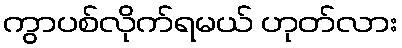
ကွာပစ်လိုက်ရမယ် ဟုတ်လား